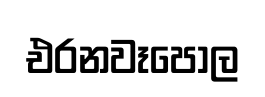
එරනවෑපොල